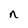
Character: n